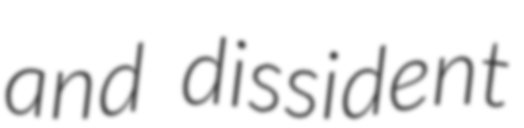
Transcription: and dissident